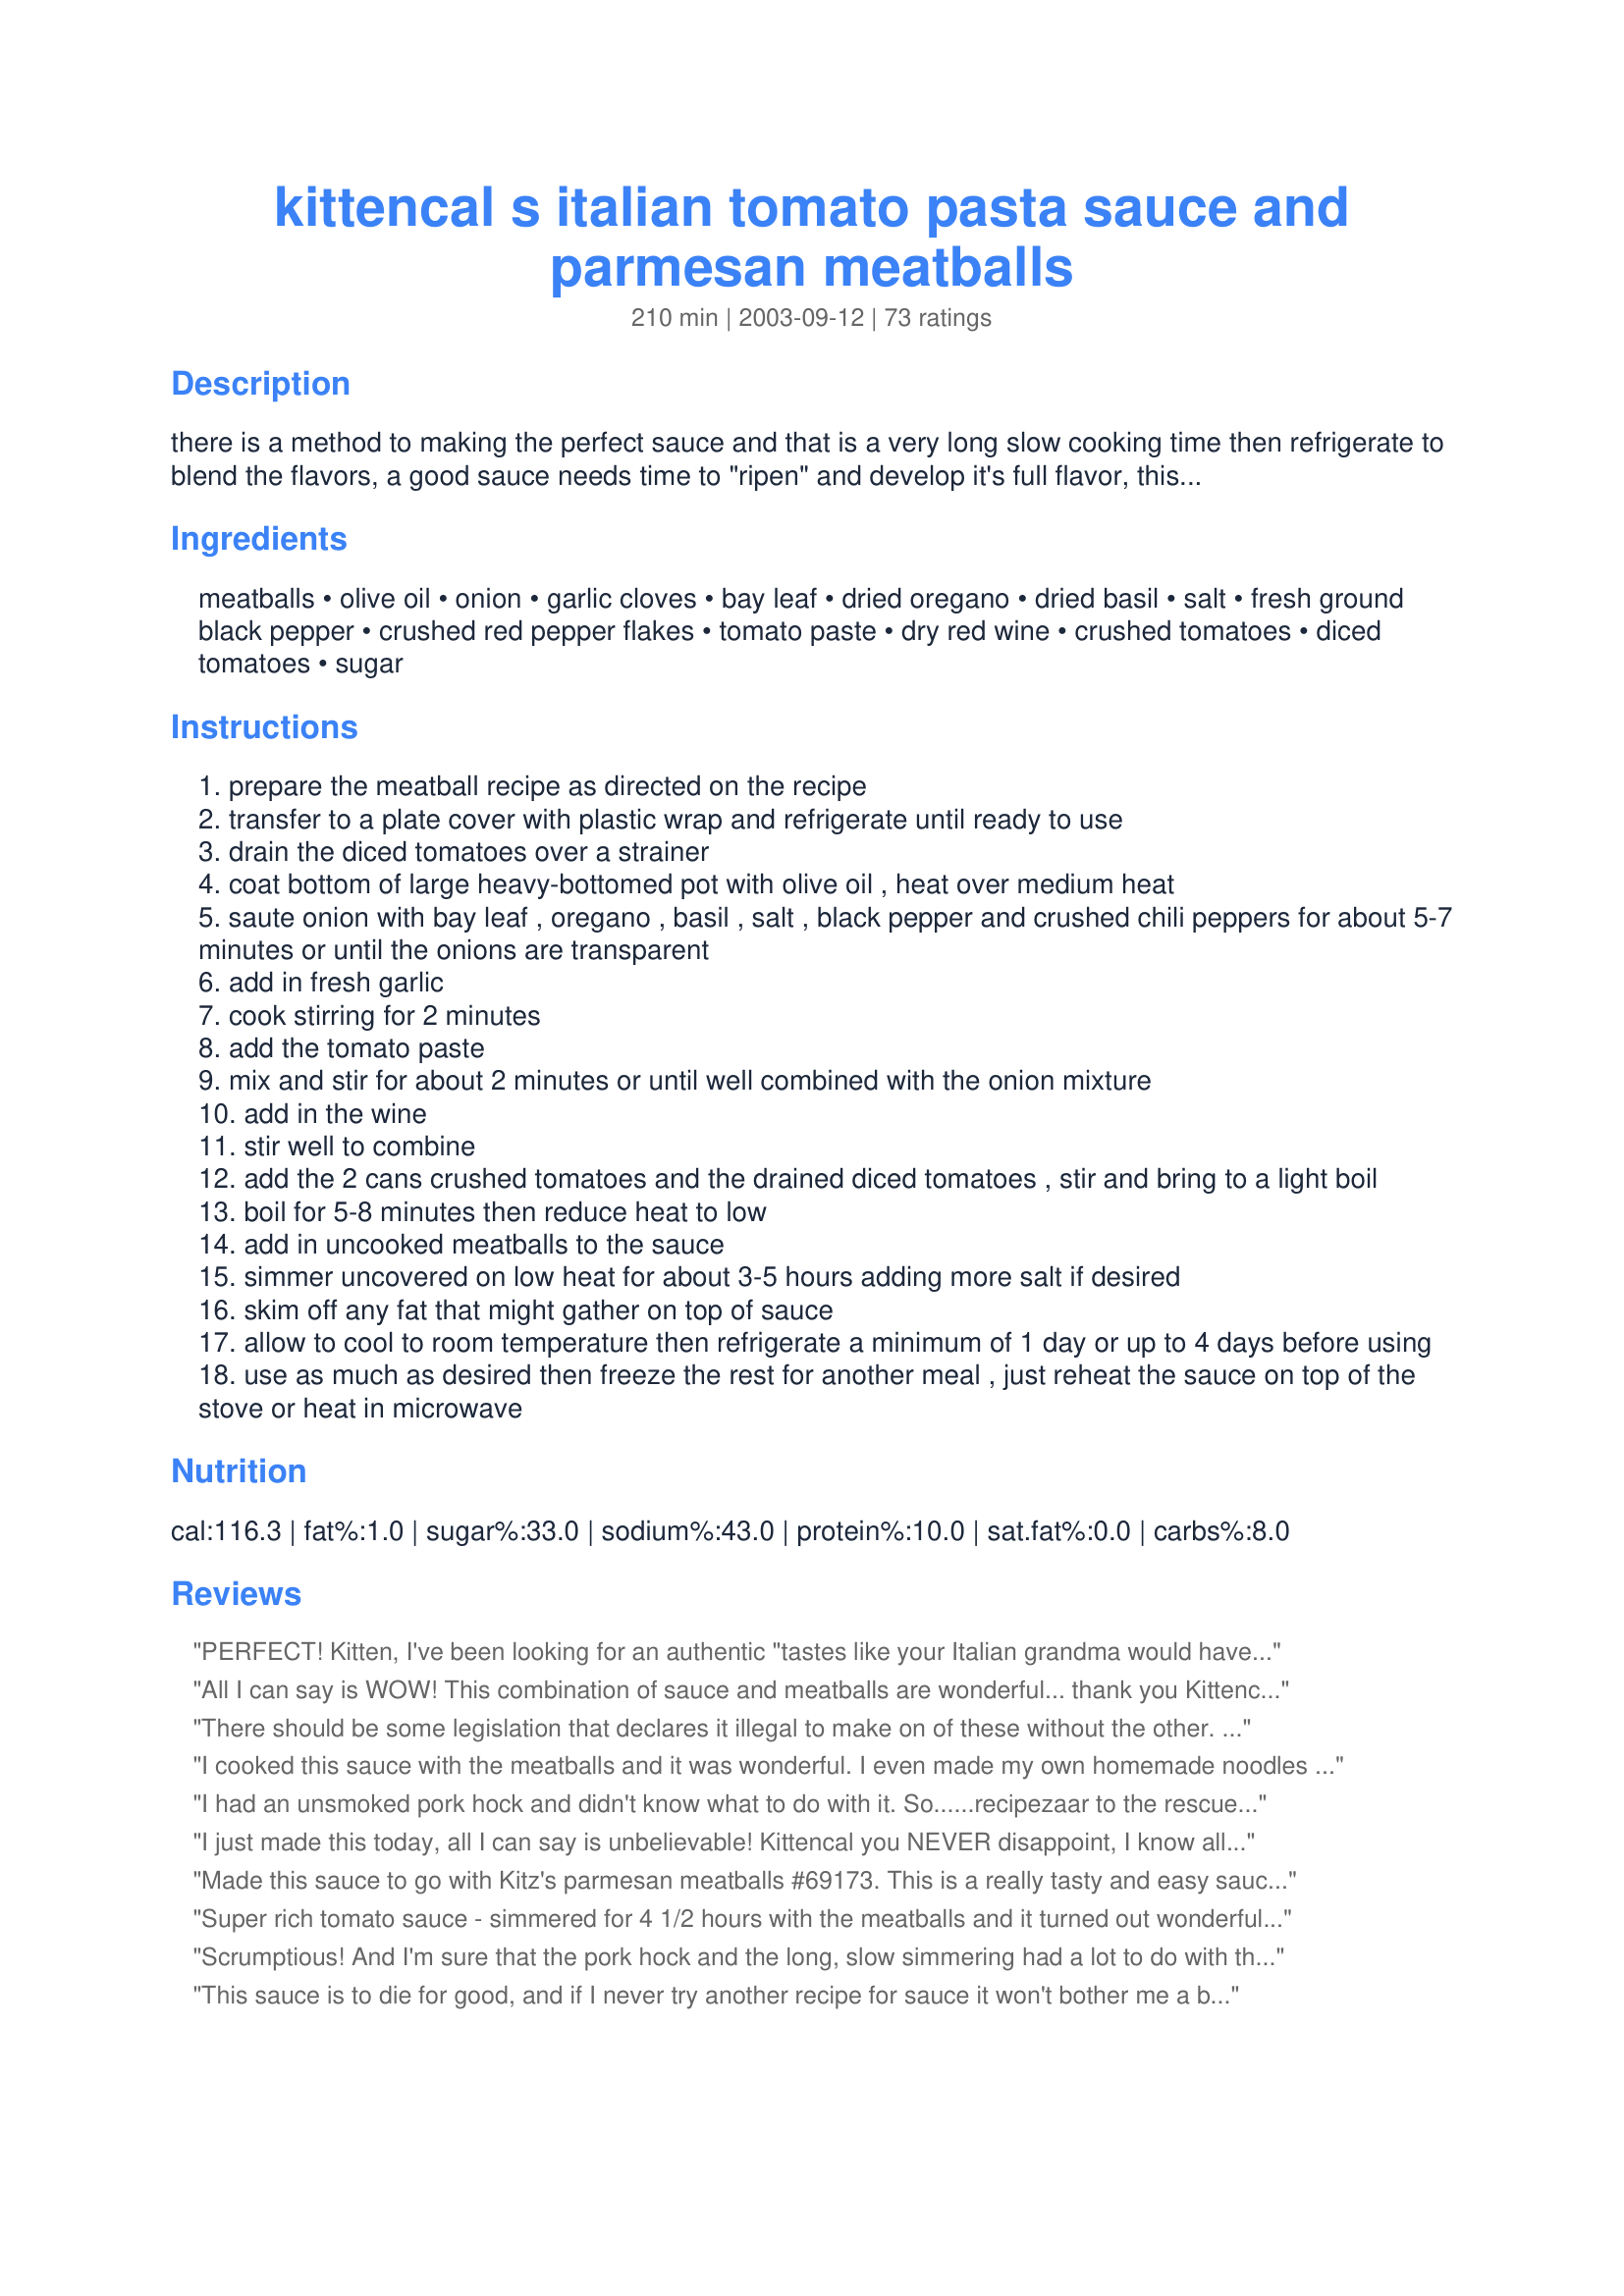
kittencal s italian tomato pasta sauce and parmesan meatballs
Preparation time: 210 minutes

there is a method to making the perfect sauce and that is a very long slow cooking time then refrigerate to blend the flavors, a good sauce needs time to "ripen" and develop it's full flavor, this sauce must be made a day or even up 4 days ahead in order for the flavors to intensify, the longer you leave it refrigerated the better it will be --- this recipe makes a fair amount use what you need then freeze the rest in plastic containers for another meal, for a quick thaw just pop in the microwave for about 8 minutes or a little more or thaw in refrigerator overnight, if desired you may partially precook the meatballs on a greased baking sheet in oven before adding to the sauce --- you will love this sauce and you will be making it often! ---- also see my recipe#150207

Ingredients:
meatballs, olive oil, onion, garlic cloves, bay leaf, dried oregano, dried basil, salt, fresh ground black pepper, crushed red pepper flakes, tomato paste, dry red wine, crushed tomatoes, diced tomatoes, sugar

Steps:
prepare the meatball recipe as directed on the recipe
transfer to a plate cover with plastic wrap and refrigerate until ready to use
drain the diced tomatoes over a strainer
coat bottom of large heavy-bottomed pot with olive oil , heat over medium heat
saute onion with bay leaf , oregano , basil , salt , black pepper and crushed chili peppers for about 5-7 minutes or until the onions are transparent
add in fresh garlic
cook stirring for 2 minutes
add the tomato paste
mix and stir for about 2 minutes or until well combined with the onion mixture
add in the wine
stir well to combine
add the 2 cans crushed tomatoes and the drained diced tomatoes , stir and bring to a light boil
boil for 5-8 minutes then reduce heat to low
add in uncooked meatballs to the sauce
simmer uncovered on low heat for about 3-5 hours adding more salt if desired
skim off any fat that might gather on top of sauce
allow to cool to room temperature then refrigerate a minimum of 1 day or up to 4 days before using
use as much as desired then freeze the rest for another meal , just reheat the sauce on top of the stove or heat in microwave

Reviews:
PERFECT! Kitten, I've been looking for an authentic "tastes like your Italian grandma would have made" sauce for 20 years, I've finally found it! WE LOVED IT! I wouldn't change one single thing. I used pork ribs and your meatball recipe. I was worried about simmering away all day without a lid, especially since I had to go to work, but it was perfectly done. I only used 1/2 t salt and no sugar. Thank you so much! Please see my rating system, I promise to come back and give it 5 stars after making it again.
All I can say is WOW! This combination of sauce and meatballs are wonderful... thank you Kittencal. I made both on a Thursday night. I used 1LB Hamburger and 1/2LB mild sausage. I made the sauce and let it simmer for about 15min in the pot, then dumped sauce into my crock pot and submerged the meatballs. Turned on low to simmer overnight with the timer to turn off at 4am. By the time I got out of bed the house smelled awsome and the crock was cooling down to room temp. I covered the crock with plastic wrap and into the fridge it went until Sunday. Letting the flavors mix is absolutly a must, if you have the time do it... This is an easy make ahead meal and it is terrific!
There should be some legislation that declares it illegal to make on of these without the other. Seriously they are that perfect together!. It was also my lesson in why kittencal is the maestro that she is. Deeming 1/2 cup milk to be a bit too much for the meatballs (considering that there was no egg too) I cut it down and regretted it when the meatballs turned out a bit tough. I think I have learned my lesson quite well for the next time.
thanks yet again for another great recipe.
I cooked this sauce with the meatballs and it was wonderful. I even made my own homemade noodles and bread to go with it. My whole family loves it. My M.I.L. told me that I am in charge of the sauce now and she makes some killer sauce. Thank you for such a wonderful recipe. I am going to play with this a bit just because but it really is wonderful just the way it is. And next time I will make 2 seperate batches....one with spice and one without because my DD and MIL don't like spice so much.
I had an unsmoked pork hock and didn't know what to do with it. So......recipezaar to the rescue. I found your recipe and knew I wanted to try it out. So glad I did, it was very good. Thank you for posting.
I just made this today, all I can say is unbelievable! Kittencal you NEVER disappoint, I know all the recipes I get from you are wonderful. I am not a sauce person, however, I cannot stop tasting this sauce! It is so full of flavor, just fantastic. This is my first time making red sauce and I will never by jar sauce again. Thank you for sharing these wonderful recipes!
Made this sauce to go with Kitz's parmesan meatballs #69173. This is a really tasty and easy sauce, albeit it takes a while to make. I made the whole sauce, but freezed the other half with the other half of the meat balls. Thanks for sharing!
Super rich tomato sauce - simmered for 4 1/2 hours with the meatballs and it turned out wonderfully!! I omitted the red wine and added 1 can of tomato soup instead - I also added a little water - Do not pass this sauce up!!
Scrumptious! And I'm sure that the pork hock and the long, slow simmering had a lot to do with the wonderful flavour. I made this - a double quantity - to use in KITTENCALâ€™s Spinach & Four- Cheese Manicotti Recipe #72308. The only changes I made were to omit the dried chilies and the tomato paste (personal taste preference), and I did use a bit more wine. I used merlot. This was absolutely THE best pasta sauce I've made so, needless to say, I'll be making this often to use in various recipes. I didn't include the meatballs but I am really looking forward to making those on another occasion - soon. Again, KITTENCAL, thank you for sharing another fabulous recipe!

This sauce is to die for good, and if I never try another recipe for sauce it won't bother me a bit, because I have found just the right one for us! Truly an awesome sauce with meatballs! I didn't add the sugar after reading the reviews and the flavor was second to none!
12/25/10 Update: Made this year in the crockpot after cooking onions on the stove. Topped sauce with meatballs and cooked on low for 12 hours. Fabulous. 12/25/09 Fantastic marinara sauce. I usually make Recipe #227644 but wanted a veggie version for chick parm, so made this minus the meatball portion. Received rave reviews. I did not drain my second can of diced tomatoes, and very glad. It was a very thick sauce and I think if I had drained both cans would have been too thick, probably because of not doing the meatballs. Also omitted sugar and didn't miss it. It has made it to my best of 2009...just under the wire :)
I decided to make this instead of a sunday Italian gravy. The only thing I changed is I added a pound of Turkey Italian sweet sausage to it...it was fabulous...everyone was raving about it, especially the meatballs were a real hit...
Ok started this sauce about 3 hours ago. It isn't "done yet" but let me tell you..............it is so good that I find I am having a hard time staying away from the pot!!! I made your meatballs and threw them in the sauce. Truly this is a wonderful sauce that I am sure that my grandma would approve@!!! Thank you Kitten
Note to thoes looking.............. please please try this you will NOT be sorry!!!!
I love this sauce. I made it two days in advance and it was worth the wait. The only thing I would change next time, and there will be a next time, is that I won't put a full two teaspoons of chili flakes. Two was too hot. I made the meatballs and now have four more generous servings for my family of four put away in the freezer, and I know time will only make this sauce better.
Sooo good! I have to admit, I didn't add the pork hock. I know, I know! I did add your meatballs, though! It was fantastic. I'll use only 1 T of salt next time - it was just a little salty for our tastes. Thank you for another wonderful dinner Kitten!
I ove all your recipes! I come from an Italian household. My family doesnt like my mothers sauce. I made this and it was a hit! thanks! I didn't use any other meat besides the meatballs from your recipe. We are not big beef eaters! Still was great. Can't wait to try the leftovers!
WOW this pasta sauce IS AWESOME! I made it a day ahead as suggested, and yes it was even better the next day. I used a pork hock and also KITTENCAL'S Parmesan meat ball recipe#69173 and just threw them in the simmering sauce. This recipe does make tons of sauce so I froze some for another meal. This is a new favorite sauce recipe that I will make from now on! thank you.
Great recipe. I made it with the meatballs and both came out excellent. I found that it had a bit to much salt for my taste. next time I;ll start with 1.5 tsp and add more if needed. Thanks for submitting.
Great sauce recipe. It was completely delicious, and I am a sucker for anything with a long simmer time. As an added bonus the whole house smelled yummy.
I only made a couple of changes d/t what I had on hand, but nothing major. 3 cans crushed tomatoes and 1 large can of tomato sauce, pork rib meat with no bones since I am in NY and my area it is hard to find hocks. (My gram used to use pork steaks, but they didn't have those either) I started it on the stove, (onions through tomato paste) then I put it all in my shiny new crok pot (the kind you can program how many hours) and cooked on low for 7 hours. The house smelled delish when we woke up this morning! Put it all in the fridge in a pot and am just using it now to make stuffed shells and had to write and tell you how good it is! I can't stop dipping my bread in the pot....I wont be hungry for dinner! My gram passed on before she could give me the recipe for her fab sauce as she had promised and this one is pretty darned close. Thanks so much for sharing this one! It is sure to be a new family recipe.
Yummy! i have made this 3 times with Kittencal's melt-in-your-mouth meatballs and they are so good. DH has requested these for when family comes tomorrow. I obvisouly dont change a thing.
Too strongly tomato flavoured and acidic for me. I used it with Kittencal&#039;s Italian meatballs (fantastic recipe!) and found this sauce totally overpowered her delicious meatballs.
Perfecto with your meatballs. A little too spicy for 1 of my kids. Next time I'll put red pepper on table.
This was an exceptional spaghetti sauce! I am so glad you pointed out the recipe to me Kittencal! I did add more wine but otherwise followed your recipe. This was enjoyed by my whole family. With some garlic toast and a nice salad it was a meal to be remembered!
I made this for one of my appetizers for my Christmas Eve crowd. I served it on a side roll that was buttered, sprinkled with garlic powder, and then toasted with some mozzarella cheese. It was yummy. I liked the sauce even more after it had set for a few days and we had the left overs!
I was originally going to give this recipe 3 stars but now I'm giving it 5 stars because the flavour improved IMMENSELY after sitting in the fridge for 3 days! I honestly didn't like the smell of it when I was making it, though. I thought that there was too much oregano. After I added Kittencal's meatballs to the sauce, the flavor of the oregano mellowed out a bit but it wasn't anything to rave about. I let it simmer for a few hours and then left it over night to cool. Then I put it in the fridge in the morning trying to figure out what to do with it. I'm glad it sat for several days. The meatballs became more tender and the sauce was over the top delicious. Tonight I reheated the sauce and meatballs and tossed it with penne pasta. My picky 2 and 3 year olds couldn't get enough of it! I had a second serving myself. I'm freezing the rest for my husband for when he gets back from his business trip in a few days. I will make this again (and use less oregano) and plan a few days ahead before serving. The only thing I did different is that I used fresh basil instead of dried and added it to the sauce rather than frying it with the onions.
Outstanding! Can I give 10 stars?!?!? So simple to make! My family is raving about what a great cook I am! (I just slid your recipe into the silverware drawer!!) SShhhh! :)
If I could give this more than 5 stars I would! Excellent sauce. I have now made it several times - the last time I doubled everything and froze half. Tonight I defrosted a container of sauce, and served with fresh ravioli and warmed Italian bread. Outstanding! Thank you so much for sharing this.
Wonderful! Made exactly as is with your meatballs recipe! Loved by all! Thanks so much!
Very good sauce. I added an extra Tablespoon of fresh garlic (personal choice), 1/2 c grated parmesan, and 1 extra Tablespoon of sugar. Perfect sauce. Thank you for sharing.
This is absolutely to-die-for! My husband came home, took one look at it cooking and asked "we get take out from olive garden or something?" he couldn't belive it was home-made LOL. Thanks for sharing this wonderful tasting, easy to make dish.
This sauce was so rich and flavorful. I only made half a batch and it made LOTS! If I would of made the whole batch I would of needed to make it in a dutch oven because my large skillet was full! I didnt have a pork hock so I just threw in a couple pieces of bacon to get its flavor in. I simmered for around 4 - 5 hours. It thickened up ALOT. It almost turned into a paste so I had to add a lot more water to thin it out a bit. It turned out to be so good and flavorful without letting it marinate a day. We used it on Recipe #59289. I had some leftover sauce, so I froze it. Cant wait to try the rest after its marinated for awhile.
Holy man is this good, takes a while but is sooo worth the time. I followed the recipe exactly & would not change a thing. The pork makes this recipe so do as Kitten says & don't leave it out. After 3 days in the frig we had it with your meatballs over penne pasta & even my non-pasta loving husband said it was really good. High praise indeed. I simmered the sauce for 6 hours, did not use the optional sugar & did not add the salt as I am supposed to cut back on it. Thank you for another winner.
Made exactly as written and it's delicious!!!! Also made your parmesan meatballs, which were OUT OF THIS WORLD!! Thanks for a great recipe!! Can't go back to the jarred stuff after this!
Kittencal's instructions were right on the money -- as usual!! The first day, this sauce was good, but in a very average, 3-star sort of way. The next day, it had improved somewhat but was still far short of outstanding. But on Day #3, it suddenly reached the "Wowzer!" stage, exactly as promised. I added a lot more basil and oregano than called for since I was using fresh herbs. I also decreased the garlic a little and increased the red pepper flakes to suit our personal tastes. Basically, though, I followed the recipe very closely. The result was a sauce so thick and rich that even my omnivorous crew agreed it could stand alone without the addition of meat. Another big winner out of Kittencal's kitchen!
Just fabulous, didnot have pork but used bacon instead and was superb but I will use pork next time as this wonderful Chef is exceptionally talented. Well done
Another satisfied customer! I made the full amount and put portions in the freezer, the taste is subtle and FULL of flavour. I made mine with fresh tomatoes and I will be making more soon - a wonderful recipe that will be my standard Italian sauce from now on! Merci Darllnk! ;-)
At first, I wasn't going to give this one 5 stars, but then I tasted the sauce the next day -- excellent! Letting the sauce sit in the frig makes a huge difference. I have used the sauce in Easy Way Lasagna #18888 with great results and will try it on my homemade pizza and in Pepperoni Casserole #110024. Thanks for the recipe Kittencal. P.S. I thought my family might have a fist fight over the last meatball!
Kitten - I am forever thankful for you and your recipes! My 85 year old mother had a homemade Italian spaghetti/meatball recipe which was unfortunately stored in her memory only. Mom was a TWA flight attendant back in the '40s and got this recipe from a passenger from Italy. Although mom's health and memory are still fine - recalling an exact recipe from 60+ years ago was an impossible task. I thought it was lost forever! So - I set out on a quest to attempt to find a recipe online that was as close to mom's as possible, based upon what few "clues" I recalled from watching mom make this as a teen. Those clues were: wine, sugar and bay leaves. Knowing that your recipes always rock, I started by looking through those....and BINGO! Believe it or not - this is EXACTLY the way mom's recipe tasted! Now my adult kids and their spouses have been able to taste 'real' spaghetti and have also become converts! NO other recipe will do from now on! THANK YOU, THANK YOU, THANK YOU!!!
Awesome!This is the best pasta sauce i`ve ever tried,i also made your meatballs,thanks for agreat recipe.
Delish!! I followed the recipe exactly and DH says I'm never to buy pasta sauce from the store again. My son found it a little too spicy toward the end of the meal so I may cut down the red peppers next time. I think I'll also try adding some mushrooms next time to give it another layer of flavor. Definitely let it rest in the refrigerator...it just gets better and better. Thanks Kittencal!!
Wow Kittencal,

 Thank you for posting this recipe. This is a wonderful sauce. I went all the way with the cup of wine and had a glass for myself. I didn't have the pork hock so I left it out but it was still excellent. I used a chipotle chile instead of the dried chiles and I cut up four cans of Italian stewed tomatoes instead of the crushed and diced tomatoes. I didn't have four hours to cook this down so I added an extra can of tomato paste. It was "really good" my dad said. This was so easy to make and so were the terrific meat balls, Recipe #69173 I added in with it.
One of the best I've ever had! Please add how much pepper should be used
I usually make my own pasta sauce, but decided to give this a try, as I was making your meatball recipe( #69173 ) for dinner last night. This is an excellent pasta sauce and I love the touch of heat the dried chili flakes give it! I couldn't find any pork hocks ( and I know ham hocks would give it a different flavor ) in the grocery stores I went to, so I added about 1 pound of baby back pork ribs to the simmering sauce along with the full recipe of meatballs. I also used a medium whole onion and 1 cup of merlot in the sauce. This fed four of us, I gave two servings to my son who was headed back to school, and still have plenty for leftovers ( I'm looking forward to the fall-off-the-bone rib meat) or for freezing. Thanks for sharing this,Kittencal!
This makes alot of sauce! You didnt write when to add the wine, so, I drank one glass and added one. :) Toward the end I figured both should have been added to the sauce as it was pretty thick so I did. I love the color it gives the sauce. Sort of the same color as my cheeks after two glasses. Great stuff!
10/10 - perfect!
How could I not give this 5 stars? It was delicious. I used pork chops and a small 6 rib rack of beef. I didn't brown the meat and it was YUMMY. Please make this ahead of time and let it sit a couple of days, you won't believe the difference this makes. I also made the Meatballs but cooked them in the oven. Nex time, and there will be a next time, I'm going to throw them in the sauce. Thanks for this. I had no room in the freezer, so I had to give most of it away(sigh...) but it was enjoyed by all I made this in the pressure cooker - so easy Thanks MaryAnne
Perfect! Thank you!
What more can be said...This is absolutely delicious tomato sauce. For meatballs I had used Recipe #69173, cooked in the oven for about 20 minutes and then put them into the tomato sauce to simmer. Simmered the sauce for about 5 hours or a little more. Everything turned out yummy delicious. So glad it makes lots of sauce so I was able to freeze a few containers. Thanks for sharing your wonderful recipe Kitten
I've made my sauce like this for years. People always wonder why I would use pork ribs, until they taste it. I also use Sweet Italian and Hot Italian Sausages. Yummy!
Fabulous! This is such an easy but delicious recipe - I will be making this regularly to keep it on hand. The hardest part of this recipe was to refrigrate it instead of eating it immediately. Poor hubby came home and smelled this sauce cooking and wanted to eat it right then, but it was worth the wait. I cooked this in my crock pot all day and I used the pork back ribs and your parmesan meatballs (also very good). Thanks for a great recipe...definitely a "keeper" according to my husband.
this was soooooo good!!! thanks you for another great recipe! The meatballs were killer!!! best meatballs i've ever had :)
You are by far my favorite chef here on zarr....This was wonderful and I used it with your meatball recipe....It was perfect....I didnt have to add a thing which is very unusual for me....I always add something.....thanks, sharon
I have to add my voice to the group! Kitt, this is the best sauce! I have made this a few times now, and just love it! I make this in my slow cooker so I don't have to babysit it too much - low for 4-6 hours. The last time I made this I was completely out of red wine. I used Mirin (Japanese cooking wine) and it worked perfectly for this. However a good red wine is still best for this. I will never buy store bought sauce again! If you are looking for a little lower fat option for the meat try *Recipe #166853* Delicious! Thanks Kitt!
The whole family loved the meatballs, which I prepared as directed, along with your Italian Pasta Sauce. Very easy, Simply delicious. Thanks for a great dinner!
I'm going to call this a "triple header" review! 
I made this delicious sauce 2 days ahead & used some on your Baked Hamburger Patties With Pasta Sauce (132819). Last night, I served the sauce over spaghetti noodles for dinner - topped with your Meatballs (69173) which I had previously made & frozen. 
I was light on the chilies but rather heavy on the red wine. I omitted the salt entirely because I removed the fat from a small slab of salt pork to use instead of the pork hocks.
I'm so glad this recipe makes a lot of sauce because I've now got some in the freezer to enjoy another day! Thanx Carol!
Perhaps I made a mistake with the recipe, but I found it extremly hot. My family couldn't even eat it. I only used half the red pepper flakes the recipe called for and it was still WAY, WAY too spicy. Maybe if I had left it out, it would have been a good sauce. I tried adding more sugar to tone down the heat, but it didn't help. It was nice and thick though with a good flavor, but you couldn't hardly taste it for the spice. Maybe I'll try it again without the red pepper.
Another great recipe Kittencal! I scored a touchdown at my superbowl party with this recipe along with your parmesan meatballs. I made the sauce the day before and the day of the party heated it up in the crockpot and it was ready to go. So many compliments!!! 

At the end of the party my hubby was bummed that it was all gone but got a big grin on his face when he found some meatballs that I had saved in the freezer for later. 

This was so easy and it is great to be able to freeze it so we'll always have it on hand. I don't think we'll every buy jarred sauce again. Thanks so much!
OMG! This sauce is amazing. This is sauce is better than the sauce at our local fabulous italian restaurant. I just made this today so it hasn't sat in the fridge for a couple days yet but even without sitting this sauce is fantastic. I just couldn't wait to post the review. I can't wait to taste it in a couple of days!
This is an absolutely perfect recipe. Very spicy much to our delight (so faint of heart- be cautious of the red pepper flakes). Hubby said is the best sauce he has ever had- and that was still 3 hours after dinner. We cooked for 1-2 hours- had one meatball (that we cook at 350 for the 'time'). The let it cool place in refrigerator- had the next night- OH MY!
I made this 2 days before as suggested in the directions. I also made Kittencal's meatballs. I actually liked this sauce better the day it was made. It seemed a little sweet 2 days later and I didn't know how to fix that. I followed the recipe exactly so I am not sure what happened. It was okay, but I don't know that I will spend all that time and effort to make this again.
Wow, this was fabulous! Very intense tomato flavor. I used it for Kittencal's manicotti and it was FANTASTIC! The next night we had some leftover, so I baked the Parmesan meatballs. WONDERFUL! Highly recommend!
I'm always on the lookout for a great sauce recipe and this one ranks high! The ham hock added some very nice flavor, as did your meatballs, which I simmered in the sauce. Overall, it may have been a touch more acidic than I would ultimately like, but it was still good, good, good! I halved the recipe and still had plenty left over for the freezer. Thanks for sharing!
I've just finished making this and planning to have this for dinner tomorrow. It is now currently cooling on the counter..but I cant seem to stop myself from dipping my bread in it...I did not have anymore red wine so used beef stock instead..Will be making your meatballs later..Cant wait to have it with this yummy sauce!! Thanxs for a great recipe!!
Delicious tender meatballs that melt in your mouth! The sauce was a little sweet, but everyone enjoyed it, hence the five stars! Served over linguine noodles, it's a great meal!
Out of this world good. I made both the sauce and the meatballs. I made the sauce 2 days ago (simmered for approx. 4 hours) and refrigerated. Yesterday morning I made the meatballs. I chose to bake them (tasted one fresh out of the oven and could have eaten them all - so good!). I added the baked meatballs back to the sauce and then slowly brought it all back to temperature. Served over pasta w/ a green salad and garlic toast. A GREAT dinner that will be made again and again,
Every recipe I have tried of yours has been great! Keep them coming!!! I followed this recipe to the letter, absolutely perfect
Absolutely delicious!
Fabulous. First rate. You've made my life long quest for the best spaghetti and meatballs recipe a reality. I can die in peace with a meatball in my mouth.

Joe C.
Just lovely, especially fine with the meatballs!
Truly the best pasta sauce I have ever made! For years I have made my mom's spaghetti sauce and it has served us well. However, I was having company for dinner recently and in the group there was one vegetarian I wanted to feed as well as everyone else. I made a double batch of this recipe, took some out for my vegetarian friend when it had simmered appropriately and then dropped in a full recipe of #69173 (Kittencals own "Italian melt in your mouth meatballs) and let it finish pretty much exactly as the recipe suggests. Served the next night with homemade spaghetti noodles and sourdough bread slathered with fresh garlic butter and had people rolling out my door at the end of the evening! I have since made another double batch of the sauce with meatballs and frozen in meal size containers for busy nights. Absolutely fantastic recipe for a fragrant, flavorful, chunky and rich textured pasta sauce. oh and the meatballs were truly "melt in your mouth"! Thanks again kittencal for another winner!!
This sauce takes some time but it is well worth it. I made it with Kittencal's meatballs recipe and they pair perfectly with eachother. The red wine gives the sauce a great depth. I would be careful with the amount of salt I use next time that flavor intensified over the long simmering time but sugar will help balance that if you find that happens to you.
This was good sauce. I found it a tad greasy from the ribs, but it was still good. I am surprised you used oregano, as it's not used in authentic Italian sauce. I used store-bought meatballs and they held together well during cooking. We will have this again with a few adjustments such as leaving out the red pepper flakes, and upping the wine to give it more flavor. I will half the recipe next time as it makes a lot too.
